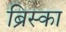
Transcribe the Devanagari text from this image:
ब्रिस्का